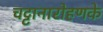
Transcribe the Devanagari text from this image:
चट्टानारोहणके